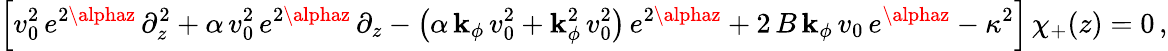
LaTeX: \Big[v_{0}^{2}\, e^{2\alphaz}\, \partial_{z}^{2}+\alpha\, v_{0}^{2}\, e^{2\alphaz}\, \partial_{z}-\left(\alpha\, \mathbf{k}_{\phi}\, v_{0}^{2}+\mathbf{k}_{\phi}^{2}\, v_{0}^{2}\right)\, e^{2\alphaz}+2\, B\, \mathbf{k}_{\phi}\, v_{0}\, e^{\alphaz}-\kappa^{2}\Big]\, \chi_{+}(z)=0\, ,